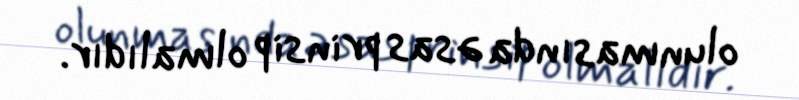
olunmasında əsas prinsip olmalıdır.